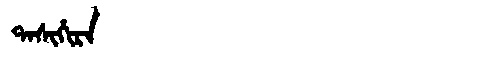
Manchu: ᡨᠠᠰᡳᡥᡳᡵᠠ
Romanization: TASIHIRA